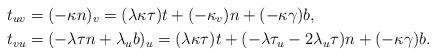
LaTeX: \begin{align*}t_{uv} & =(-\kappa n)_{v}=(\lambda\kappa\tau)t+(-\kappa_{v})n+(-\kappa\gamma)b,\\t_{vu} & =(-\lambda\tau n+\lambda_{u}b)_{u}=(\lambda\kappa\tau)t+(-\lambda\tau_{u}-2\lambda_{u}\tau)n+(-\kappa\gamma)b.\end{align*}